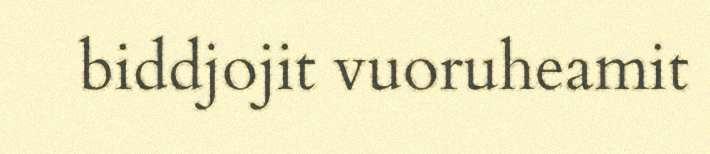
biddjojit vuoruheamit